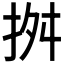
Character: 𢬓